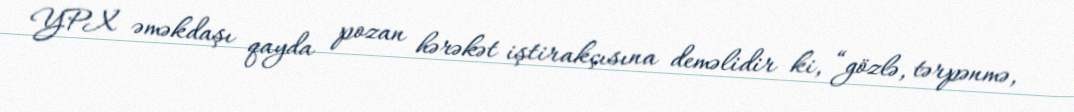
YPX əməkdaşı qayda pozan hərəkət iştirakçısına deməlidir ki, “gözlə, tərpənmə,